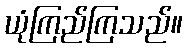
ယုံကြည်ကြသည်။